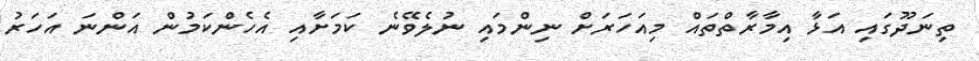
ތިނަދޫގައި އަޅާ އިމާރާތްތައް މިއަހަރަށް ނިންމައި ނުލެވޭނެ ކަމަށާއި އެހެންކަމުން އަންނަ އަހަރު